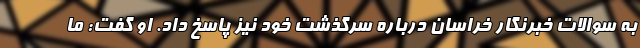
به سوالات خبرنگار خراسان درباره سرگذشت خود نیز پاسخ داد. او گفت: ما